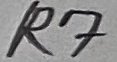
Text: R7